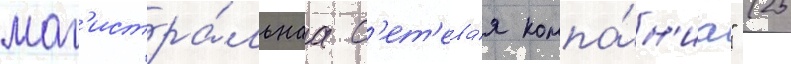
маг'истра́льнаа с'ет'ева́я компа́н'иа" (25